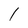
Character: l